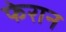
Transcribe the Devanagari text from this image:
फेरान